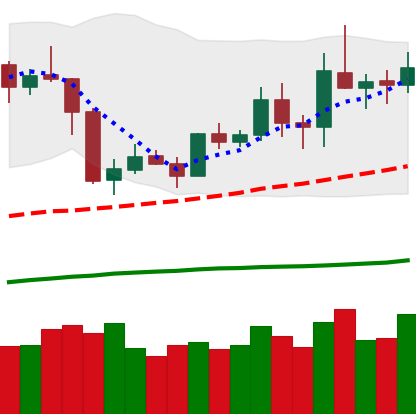
Ticker: ETH-USD
Chart end date: 2019-05-10
Forward return: 42.745%
Label: up_7plus